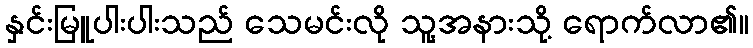
နှင်းမြူပါးပါးသည် သေမင်းလို သူ့အနားသို့ ရောက်လာ၏။